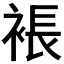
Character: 𧛇